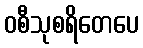
ဝစီသုစရိတေပေ